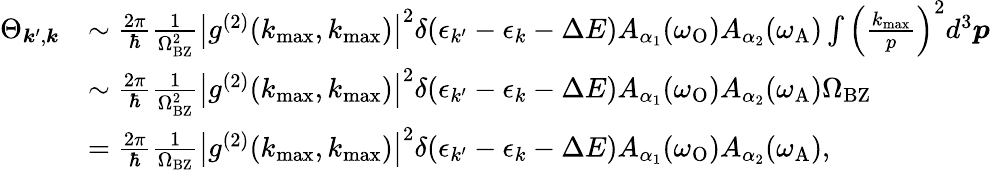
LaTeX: \begin{array}{rl}{\Theta_{\boldsymbol{k}^{\prime},\boldsymbol{k}}}&{\sim\frac{2\pi}{\hbar}\frac{1}{\Omega_{\mathrm{BZ}}^{2}}\big|g^{(2)}(k_{\operatorname*{max}},k_{\operatorname*{max}})\big|^{2}\delta(\epsilon_{k^{\prime}}-\epsilon_{k}-\Delta E)A_{\alpha_{1}}(\omega_{\mathrm{O}})A_{\alpha_{2}}(\omega_{\mathrm{A}})\int\Big(\frac{k_{\operatorname*{max}}}{p}\Big)^{2}d^{3}\boldsymbol{p}}\\ &{\sim\frac{2\pi}{\hbar}\frac{1}{\Omega_{\mathrm{BZ}}^{2}}\big|g^{(2)}(k_{\operatorname*{max}},k_{\operatorname*{max}})\big|^{2}\delta(\epsilon_{k^{\prime}}-\epsilon_{k}-\Delta E)A_{\alpha_{1}}(\omega_{\mathrm{O}})A_{\alpha_{2}}(\omega_{\mathrm{A}})\Omega_{\mathrm{BZ}}}\\ &{=\frac{2\pi}{\hbar}\frac{1}{\Omega_{\mathrm{BZ}}}\big|g^{(2)}(k_{\operatorname*{max}},k_{\operatorname*{max}})\big|^{2}\delta(\epsilon_{k^{\prime}}-\epsilon_{k}-\Delta E)A_{\alpha_{1}}(\omega_{\mathrm{O}})A_{\alpha_{2}}(\omega_{\mathrm{A}}),}\end{array}